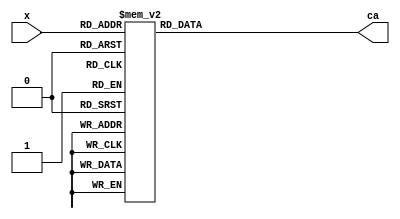
`timescale 1ns / 1ps

module Hex_To_Sev_Seg(
    input [3:0] x,
    output reg [6:0] ca
    );
    
    always @(x) begin
            case (x)                // 1 = OFF, 0 = ON
            4'b0000 : ca = 7'b0000001;  // 0
            4'b0001 : ca = 7'b1001111;  // 1
            4'b0010 : ca = 7'b0010010;  // 2
            4'b0011 : ca = 7'b0000110;  // 3
            4'b0100 : ca = 7'b1001100;  // 4
            4'b0101 : ca = 7'b0100100;  // 5
            4'b0110 : ca = 7'b0100000;  // 6
            4'b0111 : ca = 7'b0001111;  // 7
            4'b1000 : ca = 7'b0000000;  // 8
            4'b1001 : ca = 7'b0000100;  // 9
            4'b1010 : ca = 7'b0001000;  // A
            4'b1011 : ca = 7'b1100000;  // B
            4'b1100 : ca = 7'b0110001;  // C
            4'b1101 : ca = 7'b1000010;  // D
            4'b1110 : ca = 7'b0110000;  // E
            4'b1111 : ca = 7'b0111000;  // F
        endcase
    end
    
endmodule